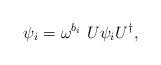
LaTeX: \begin{align*}\psi_i = \omega^{b_i} \ U \psi_i U^{\dagger},\end{align*}